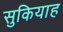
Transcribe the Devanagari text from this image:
सुकियाह